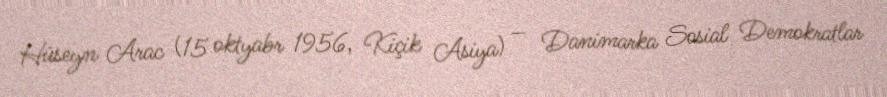
Hüseyn Arac (15 oktyabr 1956, Kiçik Asiya) — Danimarka Sosial Demokratlar